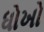
ધોખો